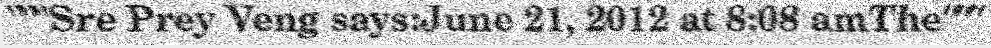
"""Sre Prey Veng says:June 21, 2012 at 8:08 amThe"""